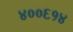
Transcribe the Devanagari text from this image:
४००६१४